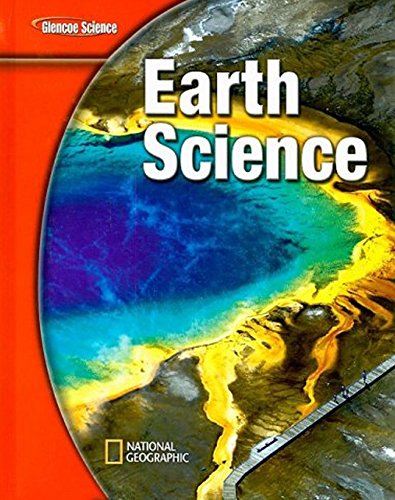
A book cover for Glencoe Earth iScience, Grade 6, Student Edition (EARTH SCIENCE); McGraw-Hill Education; Children's Books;